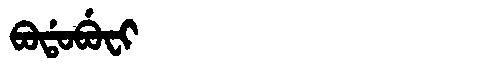
Manchu: ᠪᠣᡩᠣᠪᡠᠸᡳ
Romanization: BODOBUFI